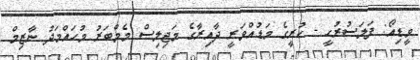
ވީޑިއޯ: ފަލަސުރުހީ - ކުރީގެ މަޑުއްވަރީ ދާއިރާގެ މަޖިލިސް މެމްބަރު މުހައްމަދު ނާޒިމް